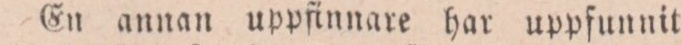
En annan uppfinnare har uppfunnit